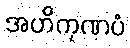
အဟိကုဏပံ